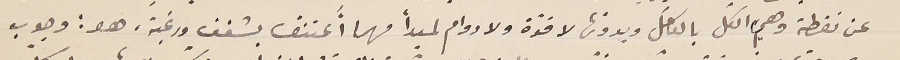
عن نقطة وهي الكلّ بالكامل وبدونها لاقوّة ولا دوام لمبدأ مهما أَعتنق بشغف ورغبة، هو: وجوب